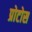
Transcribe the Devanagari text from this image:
प्रोटोस